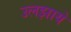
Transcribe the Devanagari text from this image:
उलझाये